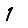
Digit: 1